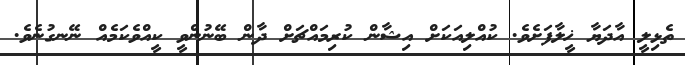
ތެޅިލީ އާދަޔާ ޚީލާފަށެވެ. ކުއްލިއަކަށް އިޝާން ކުރިމައްޗަށް ދާން ބޭނުންވީ ކީއްވެކަމެއް ނޭނގުނެވެ.